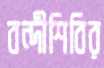
বন্দীশিবির